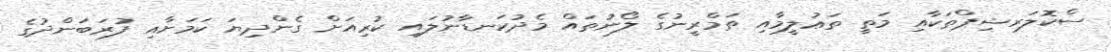
ސްކޮލަރޝިޕްތަކާއި މަތީ ތަޢުލީމާއި ތަމްރީނުގެ ލޯނުތައް މެދުކަނޑާނުލައި ކުރިއަށް ގެންދިޔަ ކަމަށާއި ފުރަބަންދުގެ